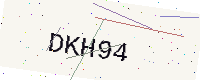
Text: DKH94